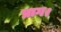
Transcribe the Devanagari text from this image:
प्राग।